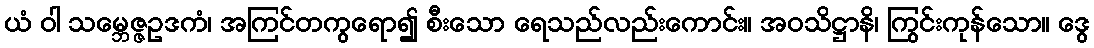
ယံ ဝါ သမ္ဘေဇ္ဇဥဒကံ၊ အကြင်တကွရော၍ စီးသော ရေသည်လည်းကောင်း။ အဝသိဋ္ဌာနိ၊ ကြွင်းကုန်သော။ ဒွေ